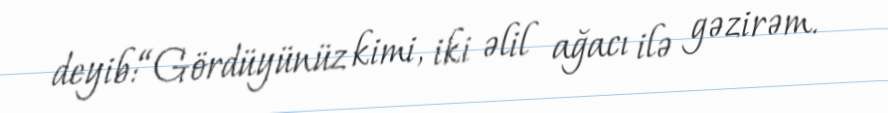
deyib:“Gördüyünüz kimi, iki əlil ağacı ilə gəzirəm.